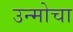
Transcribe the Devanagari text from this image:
उन्मोचा